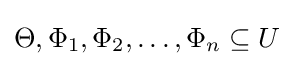
\Theta ,\Phi _{1},\Phi _{2},\dots ,\Phi _{n}\subseteq U